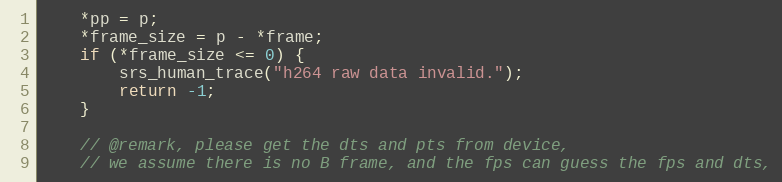
Language: C
    *pp = p;
    *frame_size = p - *frame;
    if (*frame_size <= 0) {
        srs_human_trace("h264 raw data invalid.");
        return -1;
    }

    // @remark, please get the dts and pts from device,
    // we assume there is no B frame, and the fps can guess the fps and dts,